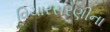
વિચારસરણીના